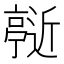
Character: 𬽞